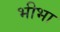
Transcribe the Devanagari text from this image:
भीभा